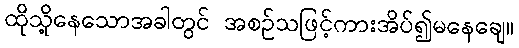
ထိုသို့နေသောအခါတွင် အစဉ်သဖြင့်ကားအိပ်၍မနေချေ။